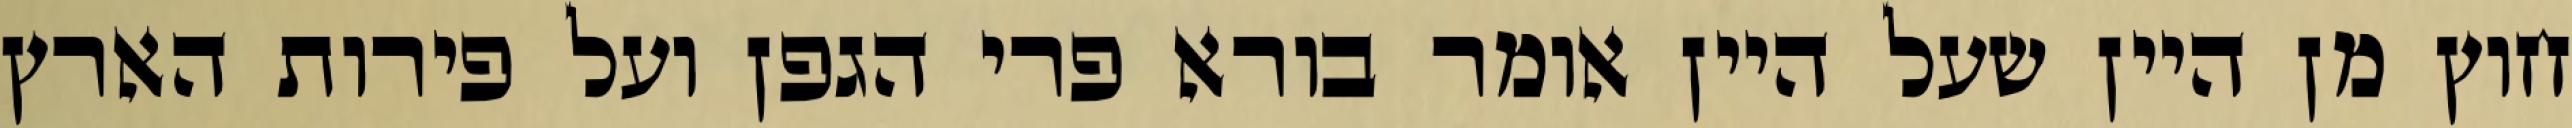
חוץ מן היין שעל היין אומר בורא פרי הגפן ועל פירות הארץ